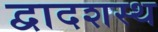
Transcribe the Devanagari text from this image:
द्वादशस्थ